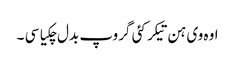
اوہ وی ہن تیکر کئی گروپ بدل چکیا سی ۔